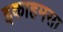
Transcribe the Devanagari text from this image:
इकाहमसा